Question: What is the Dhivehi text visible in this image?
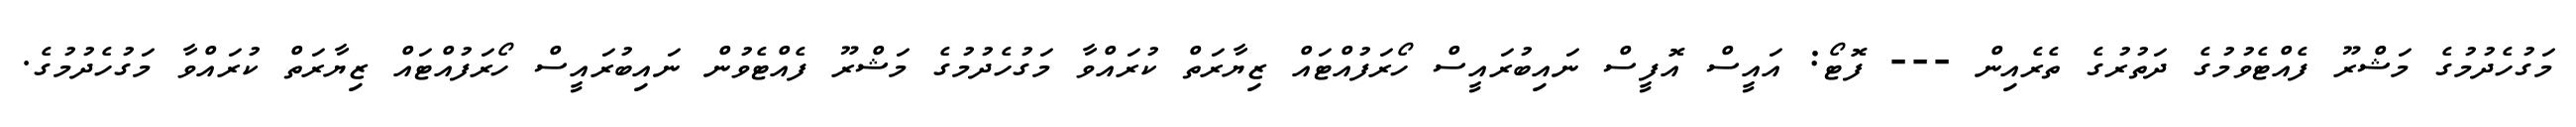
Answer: މަގުހެދުމުގެ މަޝްރޫ ފެއްޓެވުމުގެ ދަތުރުގެ ތެރެއިން --- ފޮޓޯ: އައީސް އޮފީސް ނައިބުރައީސް ހޯރަފުއްޓައް ޒިޔާރަތް ކުރައްވާ މަގުހެދުމުގެ މަޝްރޫ ފެއްޓެވުން ނައިބުރައީސް ހޯރަފުއްޓައް ޒިޔާރަތް ކުރައްވާ މަގުހެދުމުގެ.